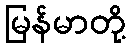
မြန်မာတို့